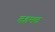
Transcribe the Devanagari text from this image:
तहमद